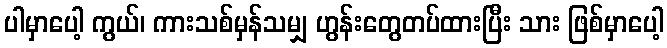
ပါမှာပေါ့ ကွယ်၊ ကားသစ်မှန်သမျှ ဟွန်းတွေတပ်ထားပြီး သား ဖြစ်မှာပေါ့